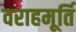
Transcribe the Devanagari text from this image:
वराहमूर्ति